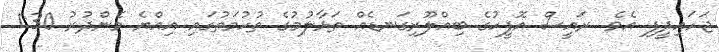
ޖަހައިދީފި އެވެ. ރައީސް އޮފީހުގެ ބިއްލޫރިގަނޑެއް ތަޅާލުމުގެ ތުހުމަތުގައި އިއްޔެ މެންދުރު 1:30